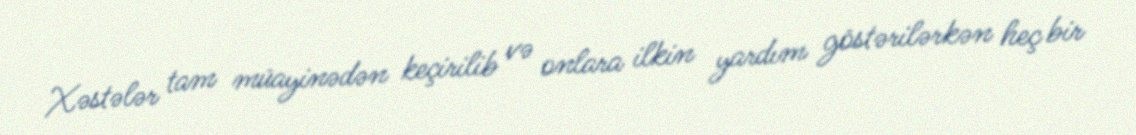
Xəstələr tam müayinədən keçirilib və onlara ilkin yardım göstərilərkən heç bir